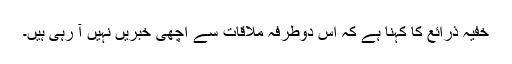
خفیہ ذرائع کا کہنا ہے کہ اس دوطرفہ ملاقات سے اچھی خبریں نہیں آ رہی ہیں۔